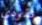
نقودي